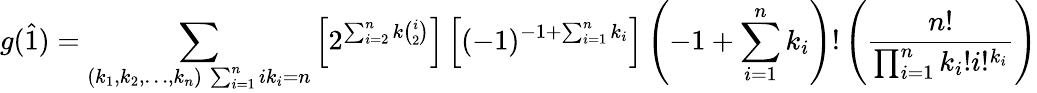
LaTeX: g(\widehat{1})=\sum_{\substack{(k_{1},k_{2},\dots,k_{n})\, \sum_{i=1}^{n}ik_{i}=n}}\left[2^{\sum_{i=2}^{n}k\binom{i}{2}}\right]\left[(-1)^{-1+\sum_{i=1}^{n}k_{i}}\right]\left(-1+\sum_{i=1}^{n}k_{i}\right)!\left(\frac{n!}{\prod_{i=1}^{n}k_{i}!i!^{k_{i}}}\right)